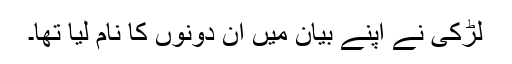
لڑکی نے اپنے بیان میں ان دونوں کا نام لیا تھا۔